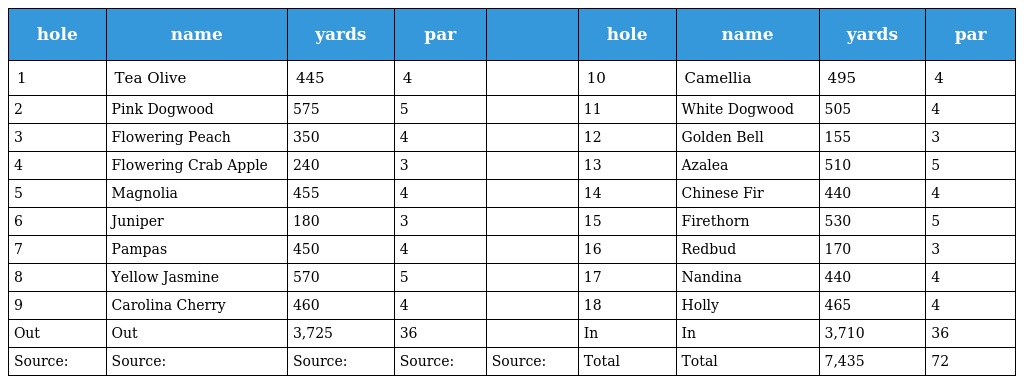
| hole | name | yards | par |  | hole | name | yards | par |
 | --- | --- | --- | --- | --- | --- | --- | --- | --- |
 | 1 | Tea Olive | 445 | 4 |  | 10 | Camellia | 495 | 4 |
 | 2 | Pink Dogwood | 575 | 5 |  | 11 | White Dogwood | 505 | 4 |
 | 3 | Flowering Peach | 350 | 4 |  | 12 | Golden Bell | 155 | 3 |
 | 4 | Flowering Crab Apple | 240 | 3 |  | 13 | Azalea | 510 | 5 |
 | 5 | Magnolia | 455 | 4 |  | 14 | Chinese Fir | 440 | 4 |
 | 6 | Juniper | 180 | 3 |  | 15 | Firethorn | 530 | 5 |
 | 7 | Pampas | 450 | 4 |  | 16 | Redbud | 170 | 3 |
 | 8 | Yellow Jasmine | 570 | 5 |  | 17 | Nandina | 440 | 4 |
 | 9 | Carolina Cherry | 460 | 4 |  | 18 | Holly | 465 | 4 |
 | Out | Out | 3,725 | 36 |  | In | In | 3,710 | 36 |
 | Source: | Source: | Source: | Source: | Source: | Total | Total | 7,435 | 72 |